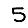
Digit: 5